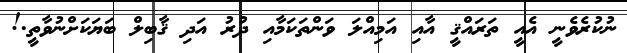
ނުކުރެވެނީ އެއީ ތަރައްޤީ އާއި އަމިއްލަ ވަންތަކަމާއި ދުރު އަދި ޤާބިލް ބަޔަކަށްނުވާތީ.!